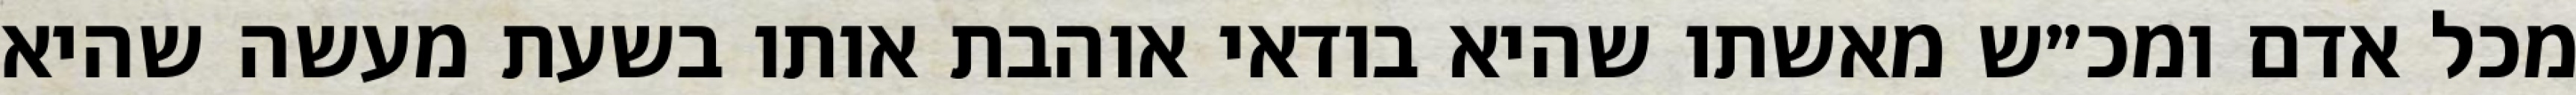
מכל אדם ומכ״ש מאשתו שהיא בודאי אוהבת אותו בשעת מעשה שהיא